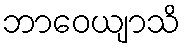
ဘာဝေယျာသိ